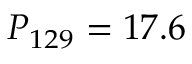
P _ { 1 2 9 } = 1 7 . 6 \